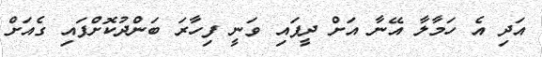
އަދި އެ ހަމާލާ އޭނާ އަށް ދީފައި ވަނީ ފިހާރަ ބަންދުކޮށްފައި ގެއަށް